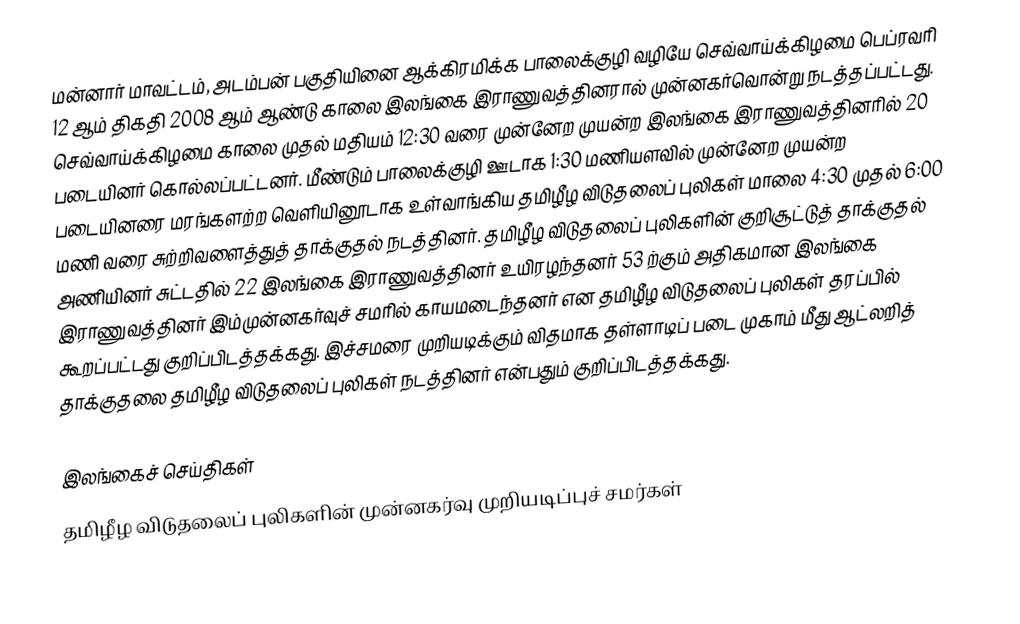
மன்னார்  மாவட்டம், அடம்பன் பகுதியினை ஆக்கிரமிக்க பாலைக்குழி வழியே செவ்வாய்க்கிழமை பெப்ரவரி 12 ஆம் திகதி 2008 ஆம் ஆண்டு காலை இலங்கை இராணுவத்தினரால் முன்னகர்வொன்று நடத்தப்பட்டது. செவ்வாய்க்கிழமை காலை முதல் மதியம் 12:30 வரை முன்னேற முயன்ற இலங்கை இராணுவத்தினரில் 20 படையினர் கொல்லப்பட்டனர். மீண்டும் பாலைக்குழி ஊடாக 1:30 மணியளவில் முன்னேற முயன்ற படையினரை மரங்களற்ற வெளியினூடாக உள்வாங்கிய தமிழீழ விடுதலைப் புலிகள் மாலை 4:30 முதல் 6:00 மணி வரை சுற்றிவளைத்துத் தாக்குதல் நடத்தினர். தமிழீழ விடுதலைப் புலிகளின் குறிசூட்டுத் தாக்குதல் அணியினர் சுட்டதில்  22 இலங்கை இராணுவத்தினர் உயிரழந்தனர் 53 ற்கும் அதிகமான இலங்கை இராணுவத்தினர் இம்முன்னகர்வுச் சமரில் காயமடைந்தனர் என தமிழீழ விடுதலைப் புலிகள் தரப்பில் கூறப்பட்டது குறிப்பிடத்தக்கது. இச்சமரை முறியடிக்கும் விதமாக தள்ளாடிப் படை முகாம் மீது ஆட்லறித் தாக்குதலை தமிழீழ விடுதலைப் புலிகள் நடத்தினர் என்பதும் குறிப்பிடத்தக்கது.

இலங்கைச் செய்திகள்
தமிழீழ விடுதலைப் புலிகளின் முன்னகர்வு முறியடிப்புச் சமர்கள்